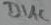
Text: DIAC